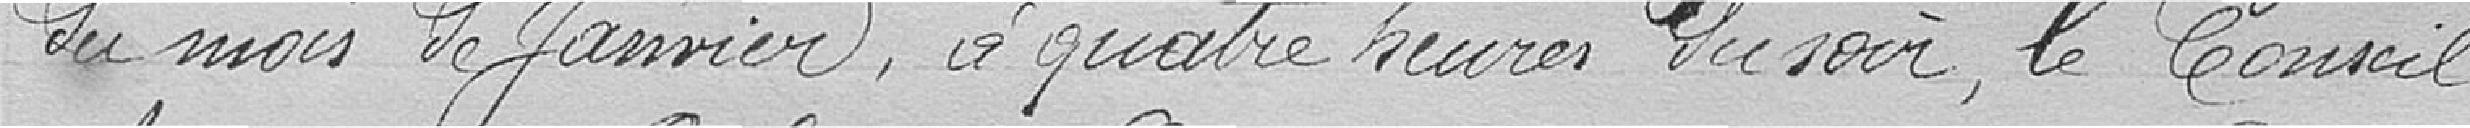
du mois de Janvier, à quatre heures du soir, le Conseil